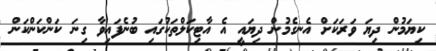
ކިޔަމުން ދިޔަ ވަރަކަށް އެނގެމުން ދިޔައީ އެ އާޓިކަލްތަކުގައި ބުނެފައިވާ ގިނަ ކަންކަންކަން